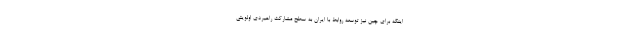
اینکه برای چین‌ نیز توسعه روابط با ایران به سطح مشارکت راهبردی اولویتی